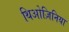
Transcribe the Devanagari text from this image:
थिओज़िनिया